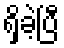
ရှိခဲ့ပြီ